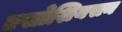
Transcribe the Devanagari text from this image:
एसोशियसन